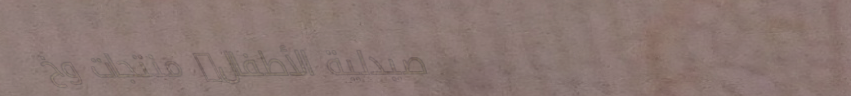
صيدلية الأطفال: منتجات وخ